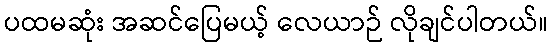
ပထမဆုံး အဆင်ပြေမယ့် လေယာဉ် လိုချင်ပါတယ်။